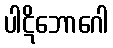
ပါဋိဘောဂေါ